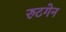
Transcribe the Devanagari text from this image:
रुटगेन